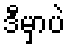
ဒီမှာပဲ